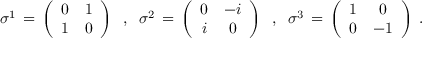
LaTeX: \sigma ^ { 1 } \, = \, \left( \begin{array} { c c } { { 0 } } & { { 1 } } \\ { { 1 } } & { { 0 } } \end{array} \right) \; \; , \; \; \sigma ^ { 2 } \, = \, \left( \begin{array} { c c } { { 0 } } & { { - i } } \\ { { i } } & { { 0 } } \end{array} \right) \; \; , \; \; \sigma ^ { 3 } \, = \, \left( \begin{array} { c c } { { 1 } } & { { 0 } } \\ { { 0 } } & { { - 1 } } \end{array} \right) \; .